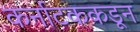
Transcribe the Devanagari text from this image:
कर्नाटककडून